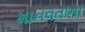
માનવતાના